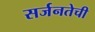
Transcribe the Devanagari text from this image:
सर्जनतेची